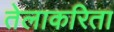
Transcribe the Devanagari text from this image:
तेलाकरिता